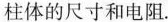
柱体的尺寸和电阻。